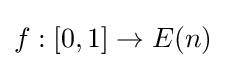
f:[0,1]\to E(n)